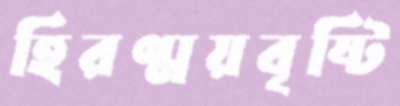
হিরণ্ময়বৃষ্টি